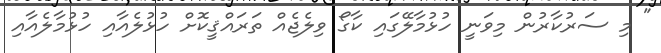
" މި ސަރުކާރުން މިވަނީ ހުޅުމާލޭގައި ކާގޯ ވިލެޖެއް ތަރައްޤީކޮށް ހުުޅުލެއާއި ހުޅުމާލެއާއި